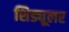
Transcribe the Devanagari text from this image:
शिड्यूलर